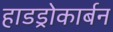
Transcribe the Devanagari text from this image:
हाडड्रोकार्बन